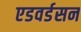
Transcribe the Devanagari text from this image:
एडवर्डसन